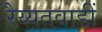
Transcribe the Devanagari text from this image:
रैय्यतवाडीं